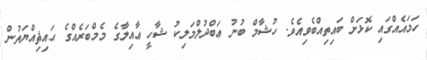
ހަމައެއްގައި ކޮޅަށް ބައިތިއްބެވިއެވެ. ހުޝާމް ބުނު ޢަބްދުލްމަލިކު ޝާހީ ޢާއިލާގެ މެމްބަރެއްގެ ޙައިޘިއްޔަތުން